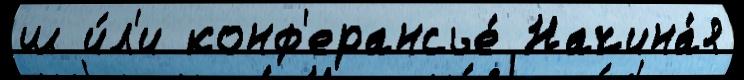
ш и́л'и конф'ерансье́ Начина́я